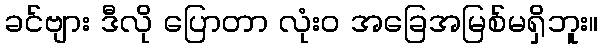
ခင်ဗျား ဒီလို ပြောတာ လုံးဝ အခြေအမြစ်မရှိဘူး။